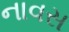
નાવસ